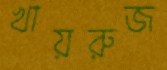
খায়রুজ